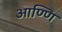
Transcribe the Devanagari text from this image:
आण्णि